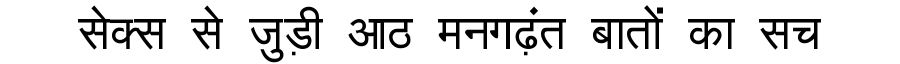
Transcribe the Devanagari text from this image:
सेक्स से जुड़ी आठ मनगढ़ंत बातों का सच